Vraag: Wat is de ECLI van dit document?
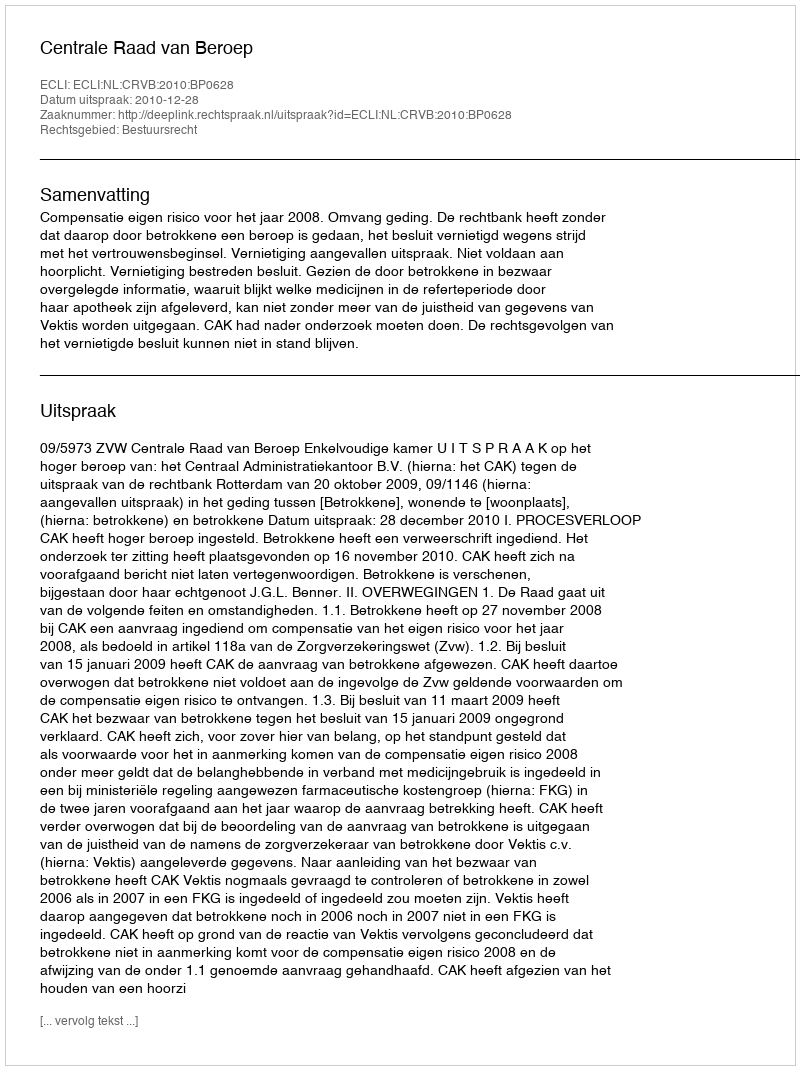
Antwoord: ECLI:NL:CRVB:2010:BP0628